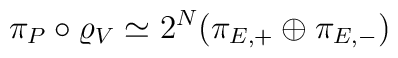
\pi_P\circ\varrho_V \simeq 2^N (\pi_{E,+}\oplus\pi_{E,-})